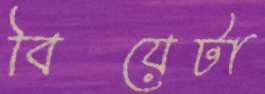
বিয়েটা